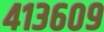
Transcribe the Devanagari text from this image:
४१३६०९